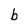
Character: b